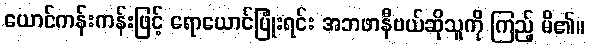
ယောင်ကန်းကန်းဖြင့် ရောယောင်ပြုံးရင်း အဘဖာနီဗယ်ဆိုသူကို ကြည့် မိ၏။